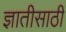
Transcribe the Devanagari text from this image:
ज्ञातीसाठीं